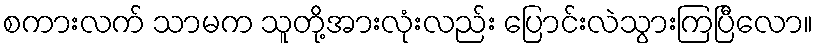
စကားလက် သာမက သူတို့အားလုံးလည်း ပြောင်းလဲသွားကြပြီလော။